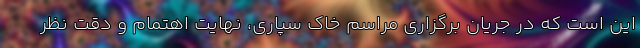
این است که در جریان برگزاری مراسم خاک سپاری، نهایت اهتمام و دقت نظر